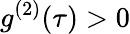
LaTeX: g^{(2)}(\tau)>0